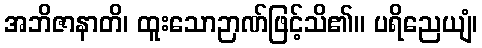
အဘိဇာနာတိ၊ ထူးသောဉာဏ်ဖြင့်သိ၏။ ပရိညေယျံ၊